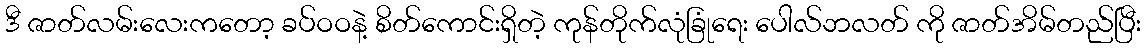
ဒီ ဇာတ်လမ်းလေးကတော့ ခပ်ဝဝနဲ့ စိတ်ကောင်းရှိတဲ့ ကုန်တိုက်လုံခြုံရေး ပေါလ်ဘလတ် ကို ဇာတ်အိမ်တည်ပြီး